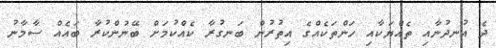
ދެ އުނދުނާއި ތެއްޔަކާއި ހަންތަކެއްގެ އިތުރުން ބަނގުރާ ކެއްކުމަށް ބޭނުންކުރާ ބައެއް ސާމާނު